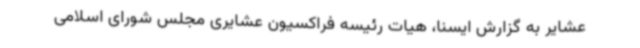
عشایر به گزارش ایسنا، هیات رئیسه فراکسیون عشایری مجلس شورای اسلامی